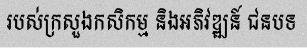
របស់ក្រសួងកសិកម្ម និងអភិវឌ្ឍន៍ ជនបទ